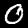
Digit: 0